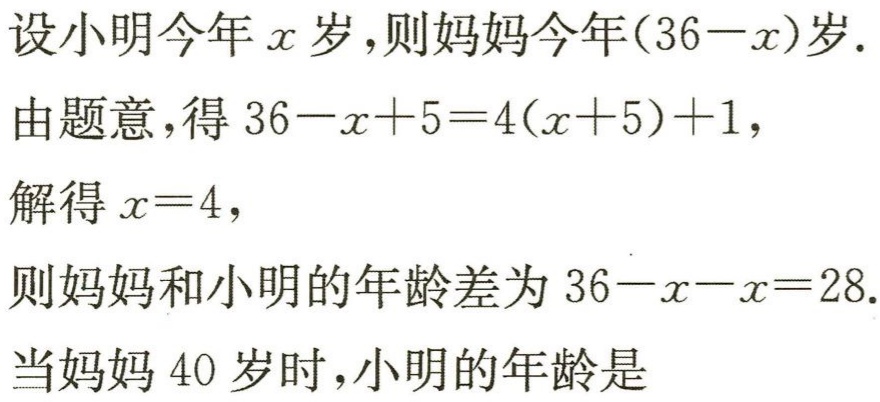
设小明今年\(x\)岁,则妈妈今年\((36 - x)\)岁.

由题意,得\(36 - x + 5 = 4(x + 5)+1\),

解得\(x = 4\),

则妈妈和小明的年龄差为\(36 - x - x = 28\).

当妈妈\(40\)岁时,小明的年龄是